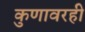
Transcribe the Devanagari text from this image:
कुणावरही